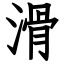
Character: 滑